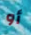
أو